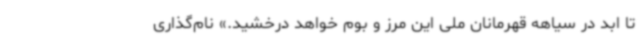
تا ابد در سیاهه قهرمانان ملی این مرز و بوم خواهد درخشید.» نام‌گذاری